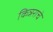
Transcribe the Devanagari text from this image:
किन्नराचे